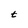
Character: t